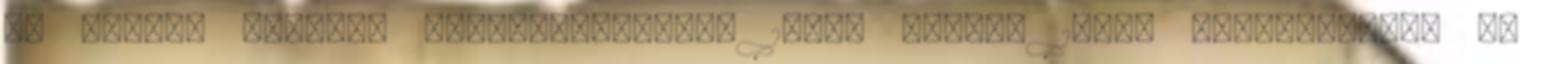
az ELTE-n végzett könyvtárosként, 1978. január 1-jén helyezkedett el